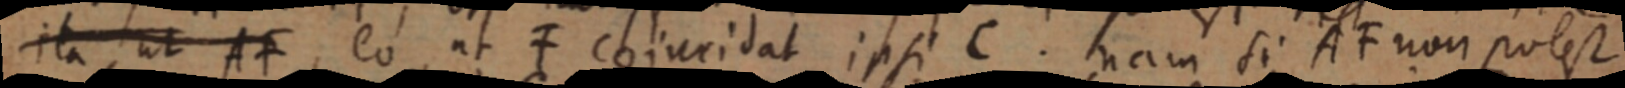
ita ut AF, eo ut F coincidat ipsi C. nam si AF non potest